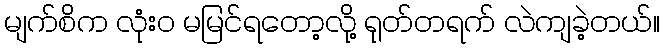
မျက်စိက လုံးဝ မမြင်ရတော့လို့ ရုတ်တရက် လဲကျခဲ့တယ်။